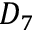
D _ { 7 }